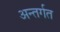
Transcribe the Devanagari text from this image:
अन्तर्गत